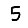
Digit: 5